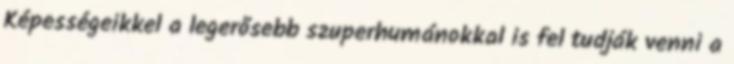
Képességeikkel a legerősebb szuperhumánokkal is fel tudják venni a